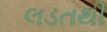
લડતથી